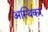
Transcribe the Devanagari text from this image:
अस्थिकर